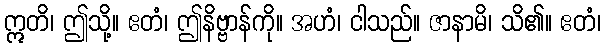
ဣတိ၊ ဤသို့။ ဧတံ၊ ဤနိဗ္ဗာန်ကို။ အဟံ၊ ငါသည်။ ဇာနာမိ၊ သိ၏။ ဧတံ၊